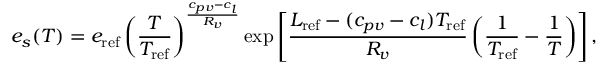
e _ { s } ( T ) = e _ { \mathrm { r e f } } \left( \frac { T } { T _ { \mathrm { r e f } } } \right) ^ { \frac { c _ { p v } - c _ { l } } { R _ { v } } } \exp \left[ \frac { L _ { \mathrm { r e f } } - ( c _ { p v } - c _ { l } ) T _ { \mathrm { r e f } } } { R _ { v } } \left( \frac { 1 } { T _ { \mathrm { r e f } } } - \frac { 1 } { T } \right) \right] ,